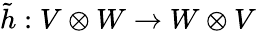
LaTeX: {\tilde{h}}:V\otimes W\to W\otimes V